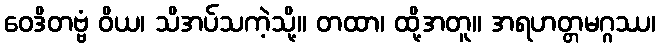
ဝေဒိတဗ္ဗံ ဝိယ၊ သိအပ်သကဲ့သို့။ တထာ၊ ထို့အတူ။ အရဟတ္တမဂ္ဂဿ၊